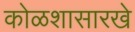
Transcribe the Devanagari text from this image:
कोळशासारखे